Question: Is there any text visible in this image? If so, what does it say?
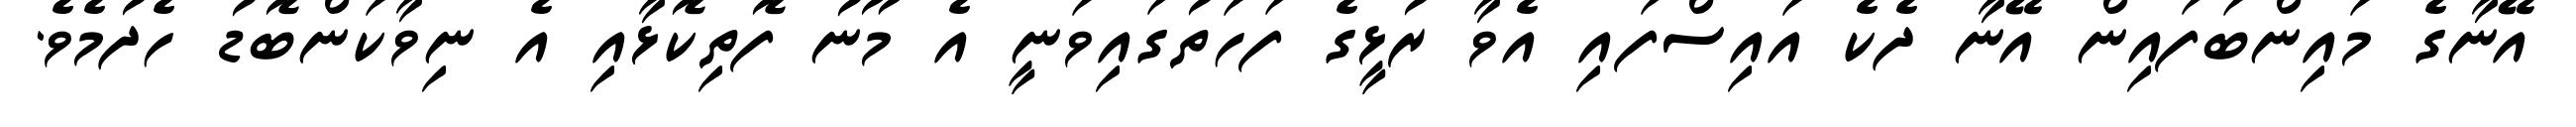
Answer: އޭނާގެ މައިންބަފައިން އޭނާ ދެކެ އައިސްފައި އެވާ ރުޅީގެ ފަހަތުގައިވަނީ އެ މޫނު ފޮތިކޮޅާއި އެ ނިވާކަންބޮޑު ހެދުމެވެ.